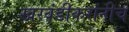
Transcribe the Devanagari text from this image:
खरवंडीकरांनीच